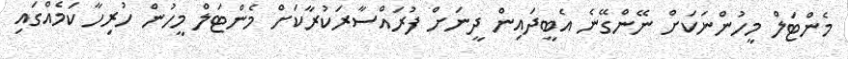
މެންޓަލް މީހުންނަކަށް ނޭންގޭނެ އެބީދައިން ދީނަށް ފުރައްސާރަކުރާކަށް މެންޓަލް މީހުން ހުރިހާ ކަމެއްގައި